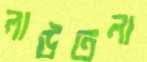
লাউতলা